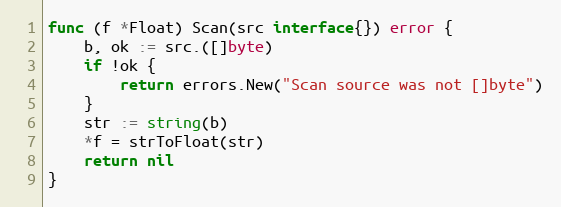
Language: Go
func (f *Float) Scan(src interface{}) error {
	b, ok := src.([]byte)
	if !ok {
		return errors.New("Scan source was not []byte")
	}
	str := string(b)
	*f = strToFloat(str)
	return nil
}